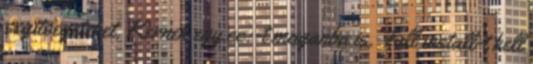
segitsegeteket. Kernek egy cc:-t maganba is. Full install-t kell